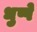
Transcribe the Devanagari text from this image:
धुप्पे